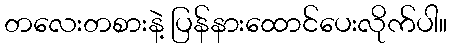
တလေးတစားနဲ့ ပြန်နားထောင်ပေးလိုက်ပါ။